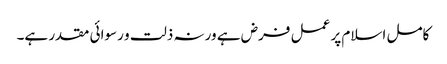
کامل اسلام پر عمل فرض ہے ورنہ ذلت و رسوائی مقدر ہے۔